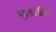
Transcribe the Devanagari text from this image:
धूलरहित